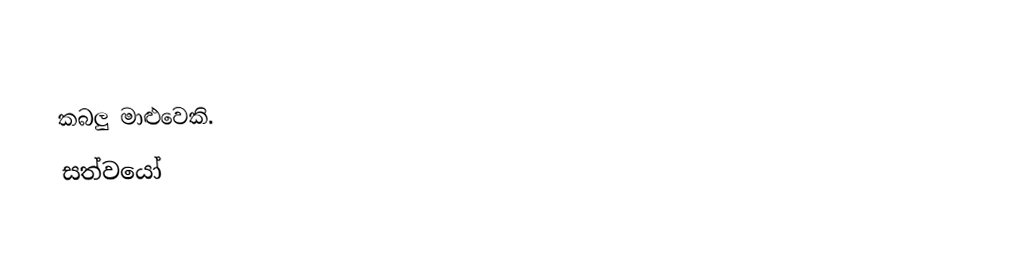
කබලු මාළු‍වෙකි.
සත්වයෝ